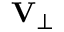
{ \mathbf V } _ { \perp }